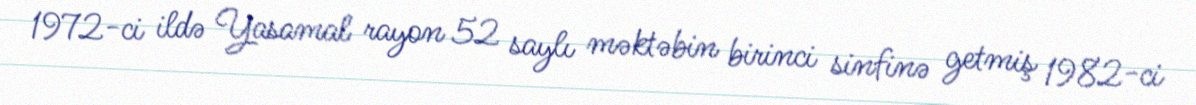
1972-ci ildə Yasamal rayon 52 saylı məktəbin birinci sinfinə getmiş 1982-ci